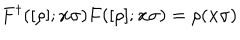
F ^ { \dagger } ( [ \rho ] ; { \bf { x } } \sigma ) F ( [ \rho ] ; { \bf { x } } \sigma ) = \rho ( { \bf { x } } \sigma )